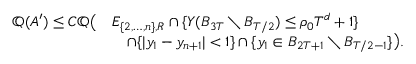
\begin{array} { r l } { \mathbb Q ( A ^ { \prime } ) \leq C \mathbb Q \big ( } & { E _ { \{ 2 , \ldots , n \} , R } \cap \{ Y ( B _ { 3 T } \setminus B _ { T / 2 } ) \leq \rho _ { 0 } T ^ { d } + 1 \} } \\ & { \quad \cap \{ | y _ { 1 } - y _ { n + 1 } | < 1 \} \cap \{ y _ { 1 } \in B _ { 2 T + 1 } \setminus B _ { T / 2 - 1 } \} \big ) . } \end{array}